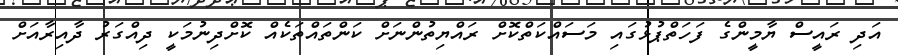
އަދި ރައީސް ޔާމީންގެ ފަހަތްޕުޅުގައި މަސައްކަތްކޮށް ރައްޔިތުންނަށް ކަންތައްތަކެއް ކޮށްދިނުމަކީ ދިއްގަރު ދާއިރާއަށް